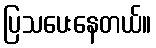
ပြသပေးနေတယ်။